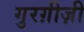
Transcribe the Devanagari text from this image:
गुरग़ीज़ी